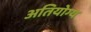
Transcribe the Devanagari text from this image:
अतियोग्य